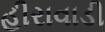
હીરાવાડી